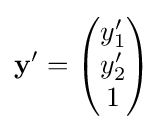
\mathbf {y} '={\begin{pmatrix}y'_{1}\\y'_{2}\\1\end{pmatrix}}